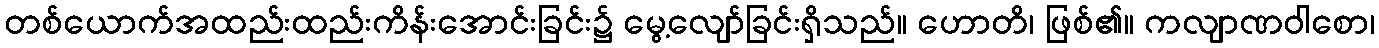
တစ်ယောက်အထည်းထည်းကိန်းအောင်းခြင်း၌ မွေ့လျော်ခြင်းရှိသည်။ ဟောတိ၊ ဖြစ်၏။ ကလျာဏဝါစော၊